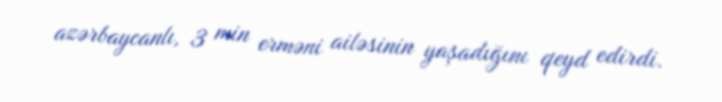
azərbaycanlı, 3 min erməni ailəsinin yaşadığını qeyd edirdi.